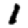
Digit: 1